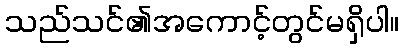
သည်သင်၏အကောင့်တွင်မရှိပါ။